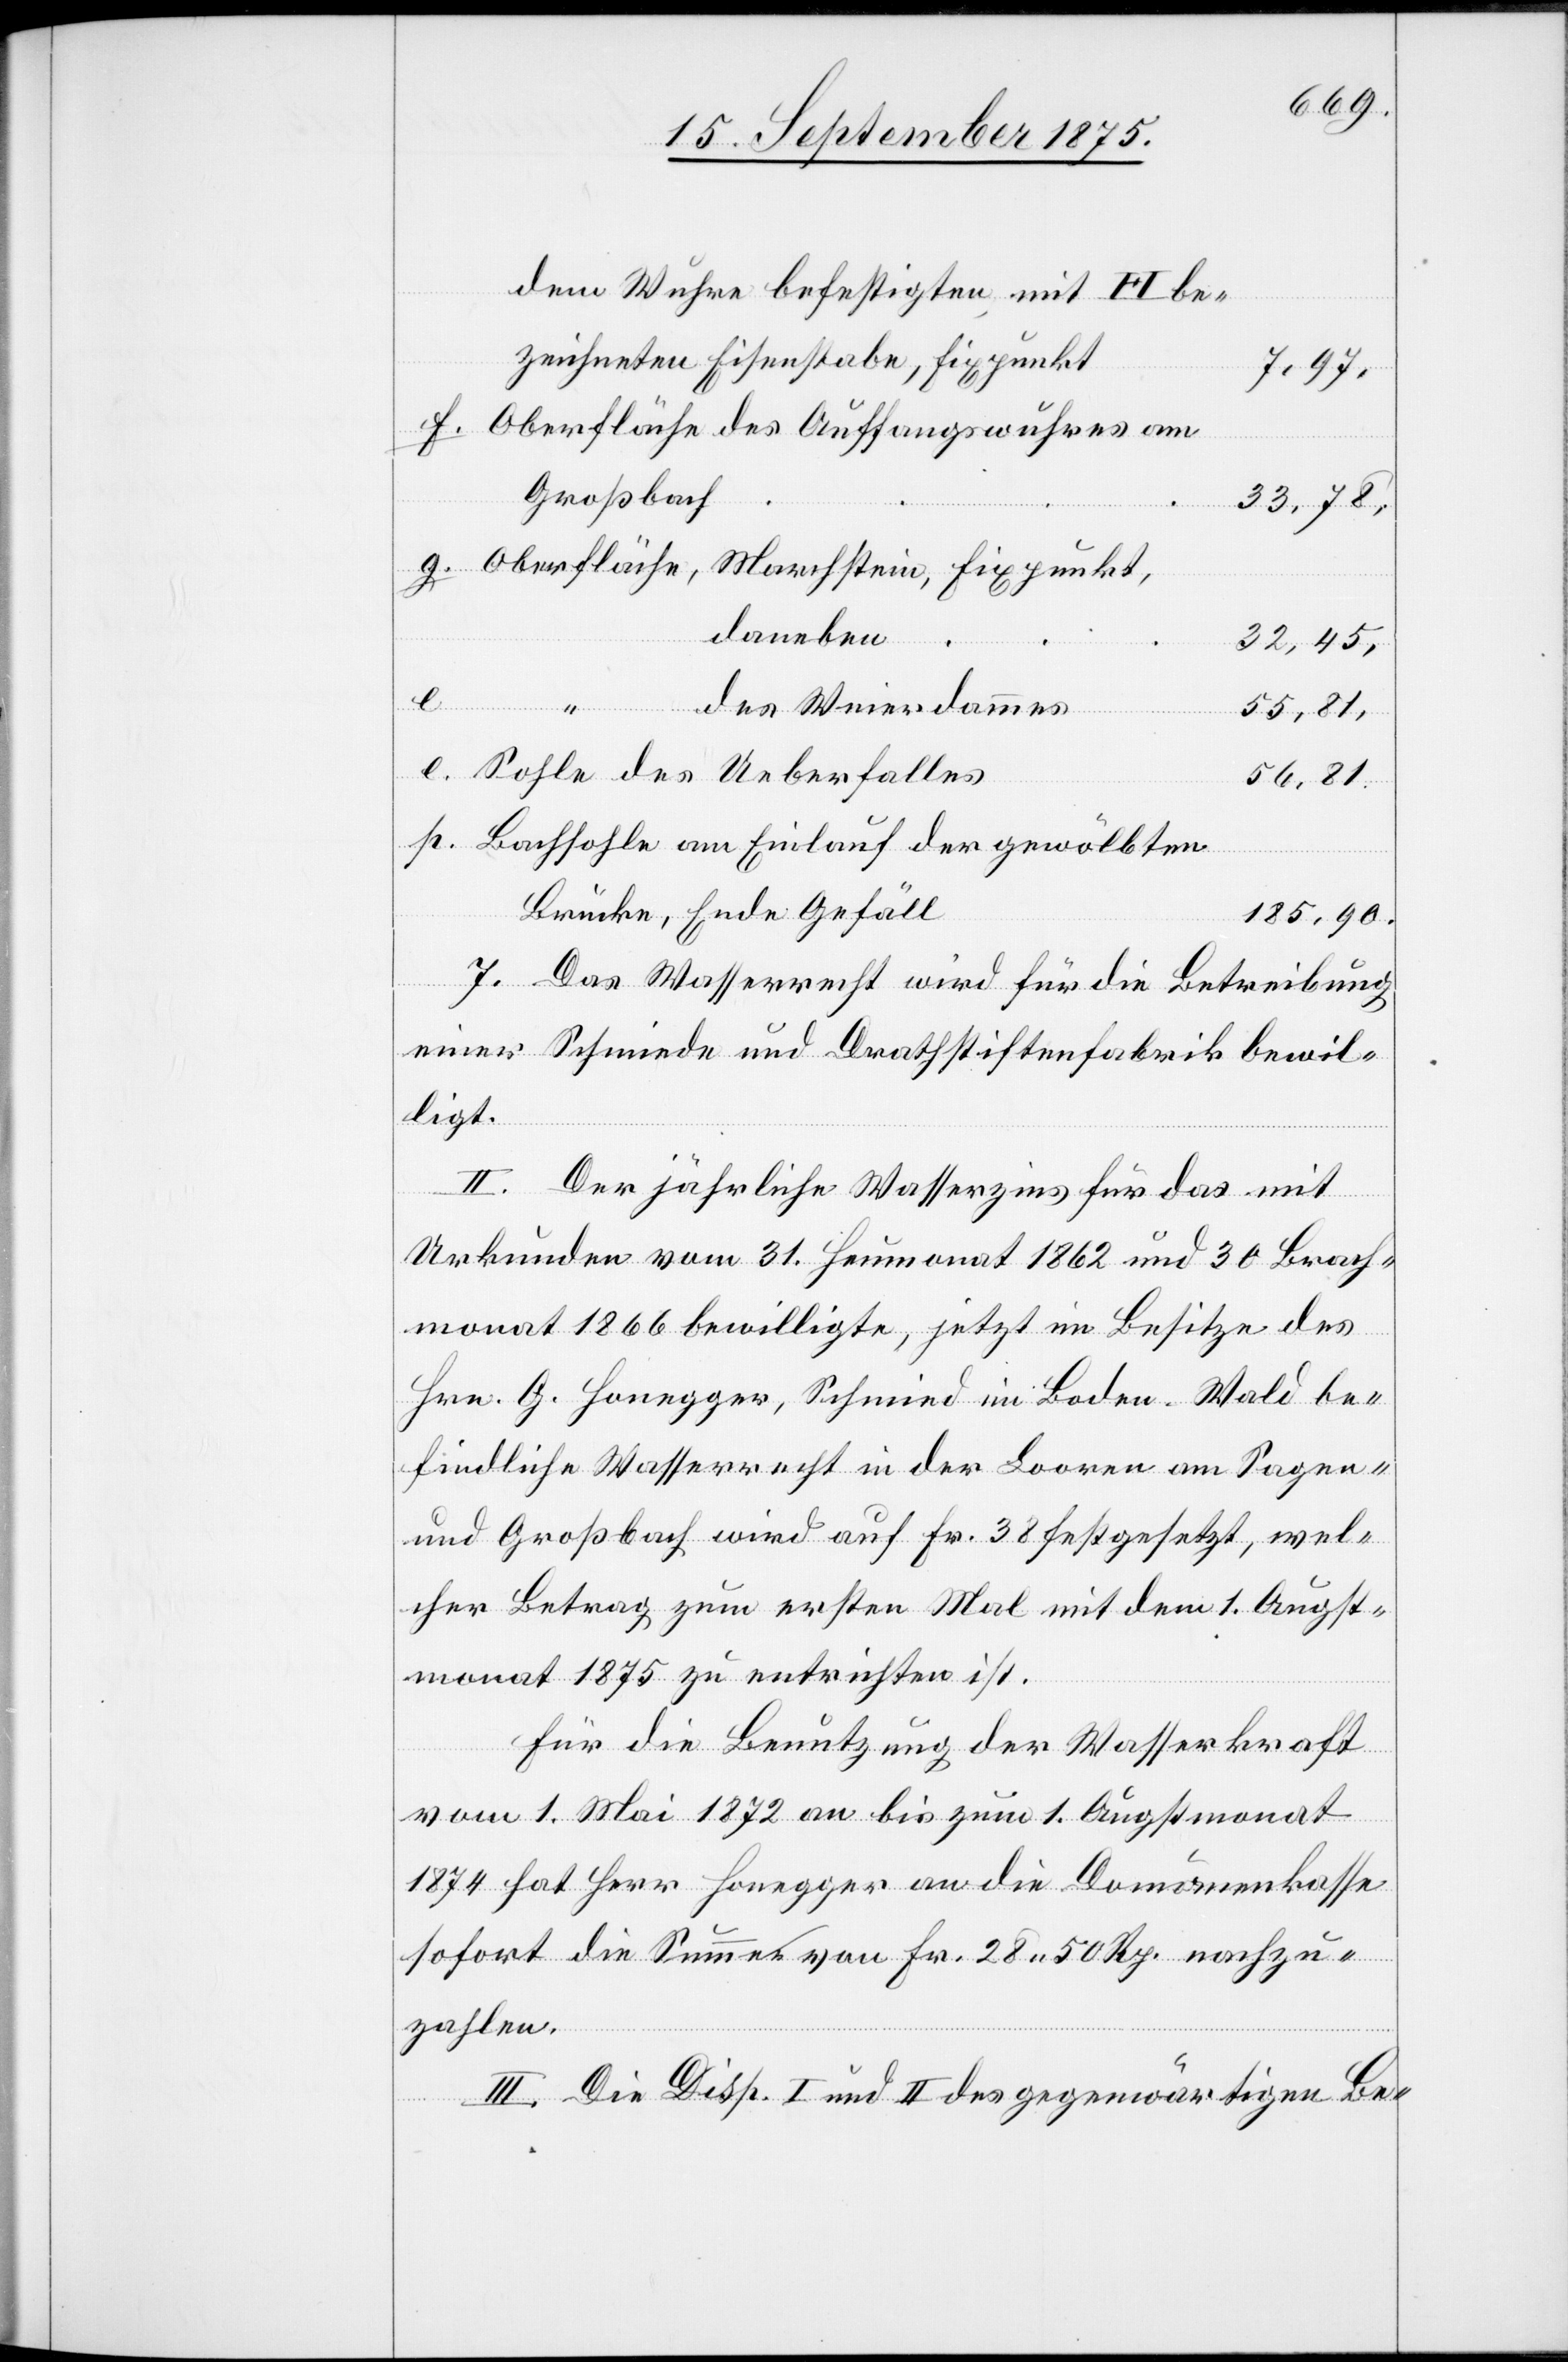
dem Wuhre befestigten mit I+I be¬
zeichneten Eisenstabe, Fixpunkt
p.
7. [si¬
Großbach
33,78,
daneben
Weierdammes
32,45
55,81,
Sohle des Ueberfalles
56,81,
Bachsohle am Einlauf der gewölbten
Brücke, Ende Gefäll
185,90.
c!] Das Wasserrecht wird für die Betreibung
einer Schmiede und Drahtstiftenfabrik bewil¬
ligt.
II. Der jährliche Wasserzins für das mit
Urkunden vom 31. Heumonat 1862 und 30. Brach¬
monat 1866 bewilligte, jetzt im Besitze des
Hrn. G. Honegger, Schmied im Boden - Wald be¬
findliche Wasserrecht in der Looren am Sagen-
und Großbach wird auf Fr. 38 festgesetzt, wel¬
cher Betrag zum ersten Mal mit dem 1. Augst¬
monat 1875 zu entrichten ist.
Für die Benutzung der Wasserkraft
vom 1. Mai 1872 an bis zum 1. Augstmonat
1874 hat Herr Honegger an die Domänenkasse
sofort die Summe von Fr. 28 50 Rp. nachzu¬
zahlen.
III. Die Disp. I. und II des gegenwärtigen Be-